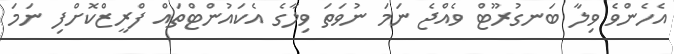
އެހެންވެ ވިލާ ބަނގުރޫޓް ވެއްޖެ ނަމަ ނުވަތަ ވިލާގެ އެކައުންޓްތައް ފްރީޒްކޮށްފި ނަމަ